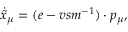
\dot { \tilde { x } } _ { \mu } = ( e - v s m ^ { - 1 } ) \cdot p _ { \mu } ,